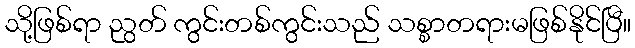
သို့ဖြစ်ရာ ညွတ် ကွင်းတစ်ကွင်းသည် သစ္စာတရားမဖြစ်နိုင်ပြီ။